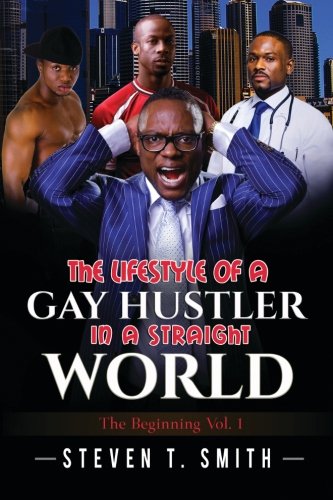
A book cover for The Lifestyle Of A Gay Hustler In A Straight World: The Beginning: The Beginning (Volume 1); Mr. Steven Tyrone Smith; Gay & Lesbian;